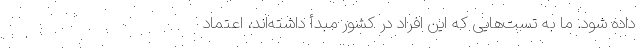
داده شود. ما به تست‌هایی که این افراد در کشور مبدأ داشته‌اند، اعتماد